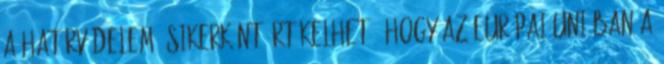
a határvédelem. Sikerként értékelhető, hogy az Európai Unióban a